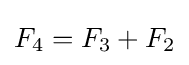
F_{4}=F_{3}+F_{2}